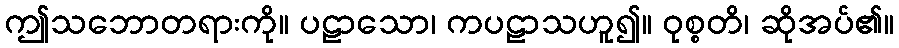
ဤသဘောတရားကို။ ပဠာသော၊ ကပဠာသဟူ၍။ ဝုစ္စတိ၊ ဆိုအပ်၏။